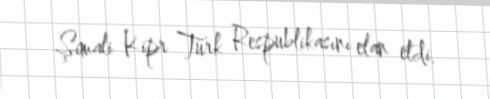
Şimali Kipr Türk Respublikasını elan etdi.